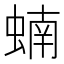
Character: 蝻